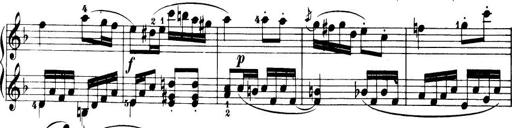
Title: 32 Sonatinas and Rondos for the Piano
Composer: Richard Kleinmichel